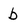
Character: b